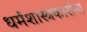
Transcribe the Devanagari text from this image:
धर्मशास्त्रकारांना